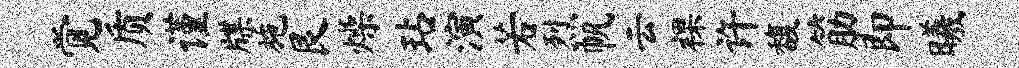
觉质谨牒施艮燥玷演若烈帆云裸许馥筋即曦